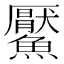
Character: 𩼴